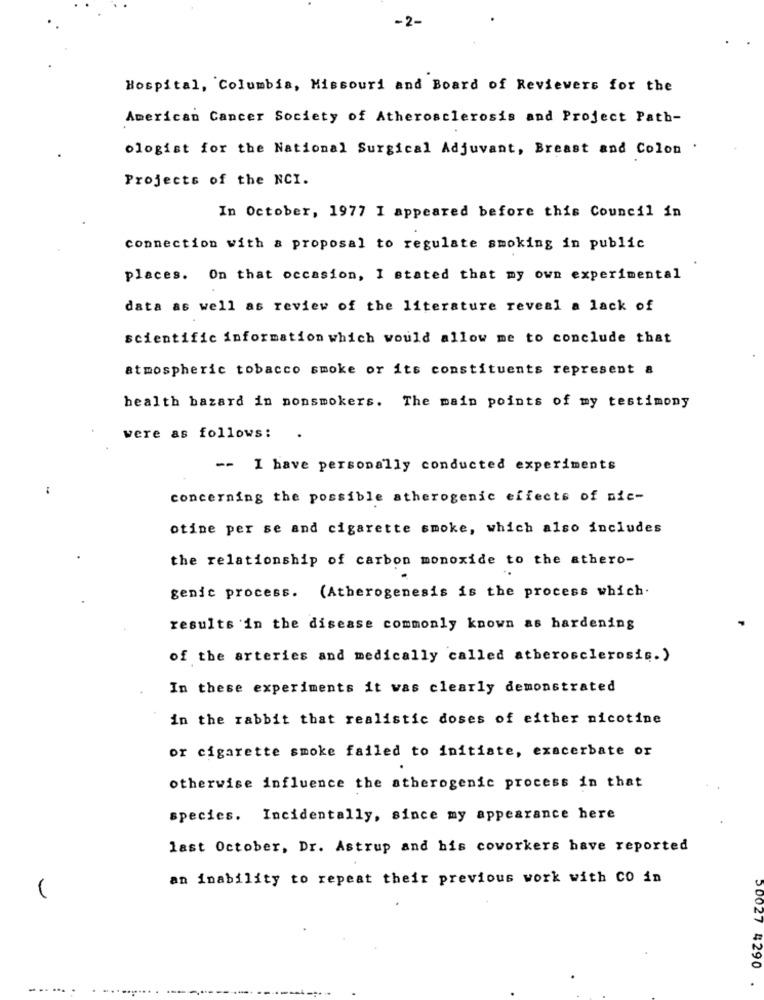
Hospital, Columbia, Missouri and Board of Reviewers for the
American Cancer Society of Atherosclerosis and Project Path-
ologist for the National Surgical Adjuvant, Breast and Colon .
Projects of the NCI.
In October, 1977 I appeared before this Council in
connection with a proposal to regulate smoking in public
places. On that occasion, I stated that my own experimental
data as well as review of the literature reveal a lack of
scientific information which would allow me to conclude that
atmospheric tobacco smoke or its constituents represent a
health bazard in nonsmokers. The main points of my testimony
were as follows:
-- I have personally conducted experiments
concerning the possible atherogenic effects of nic-
otine per se and cigarette smoke, which also includes
the relationship of carbon monoxide to the athero-
genic process. (Atherogenesis is the process which.
results in the disease commonly known as hardening
of the arteries and medically called atherosclerosis.)
In these experiments it was clearly demonstrated
in the rabbit that realistic doses of either nicotine
or cigarette smoke failed to initiate, exacerbate or
otherwise influence the atherogenic process in that
species. Incidentally, since my appearance here
last October, Dr. Astrup and his coworkers have reported
an inability to repeat their previous work with CO in
.... ...
50027 4290 .